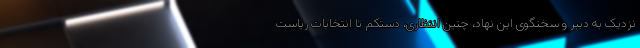
نزدیک به دبیر و سخنگوی این نهاد، چنین انتظاری، دستکم تا انتخابات ریاست